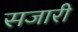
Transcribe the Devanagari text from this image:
सजारी